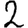
Digit: 2